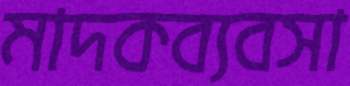
মাদকব্যবসা